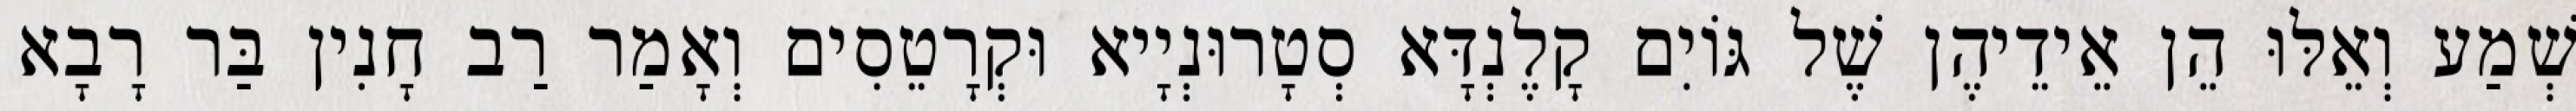
שְׁמַע וְאֵלּוּ הֵן אֵידֵיהֶן שֶׁל גּוֹיִם קָלֶנְדָּא סְטָרוּנְיָיא וּקְרָטֵסִים וְאָמַר רַב חָנִין בַּר רָבָא